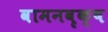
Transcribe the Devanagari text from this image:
वामनवृक्ष